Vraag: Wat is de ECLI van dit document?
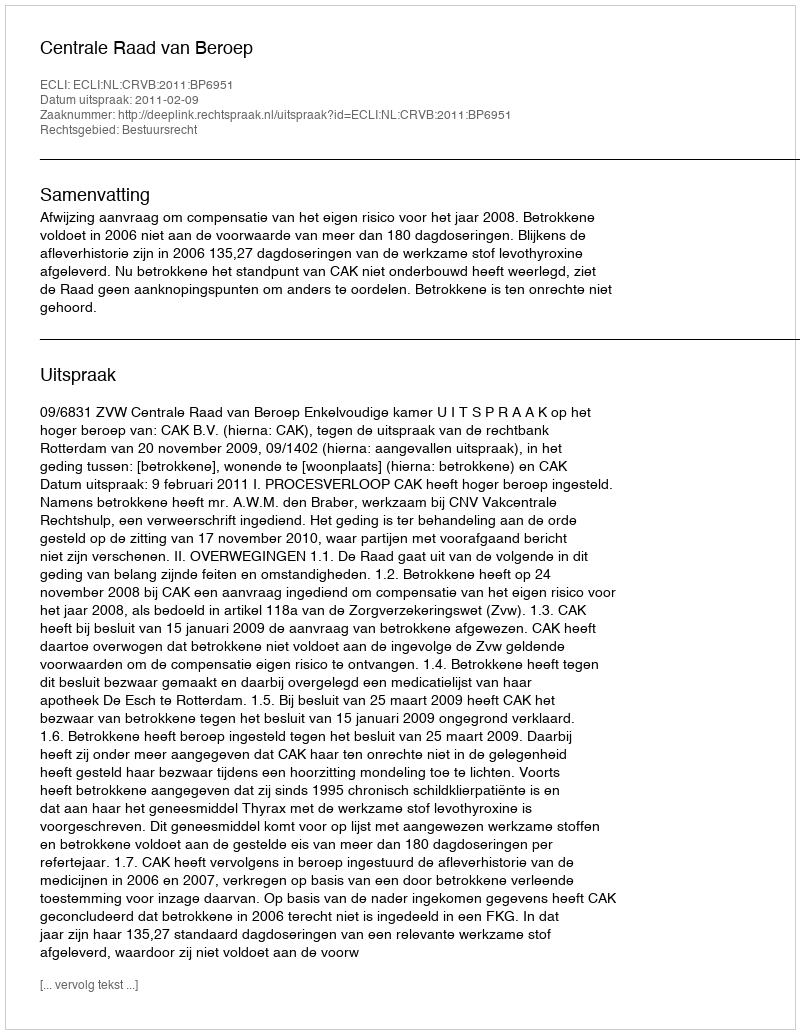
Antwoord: ECLI:NL:CRVB:2011:BP6951